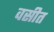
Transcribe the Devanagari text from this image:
वसीत